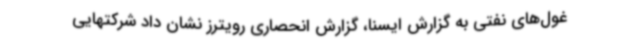
غول‌های نفتی به گزارش ایسنا، گزارش انحصاری رویترز نشان داد شرکتهایی